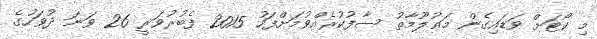
މި ކޯޓަށް ވަޑައިގެން މަޢުލޫމާތު ސާފުކުރެއްވުމަށްފަހު 2015 ފެބުރުވަރީ 26 ވަނަ ދުވަހުގެ